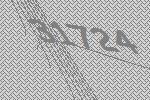
31724